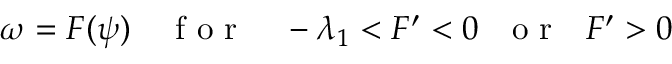
\begin{array} { r } { \omega = F ( \psi ) \quad \mathrm { ~ f ~ o ~ r ~ } \quad - \lambda _ { 1 } < F ^ { \prime } < 0 \ \ \mathrm { ~ o ~ r ~ } \ \ F ^ { \prime } > 0 } \end{array}